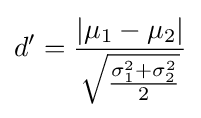
d'={\frac {|\mu _{1}-\mu _{2}|}{\sqrt {\frac {\sigma _{1}^{2}+\sigma _{2}^{2}}{2}}}}